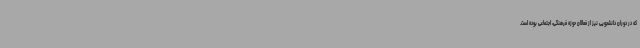
که در دوران دانشجویی نیز از فعالان حوزه فرهنگی، اجتماعی بوده است.